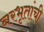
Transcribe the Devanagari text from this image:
नरभृतांची